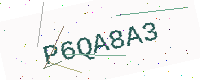
Text: P6QA8A3